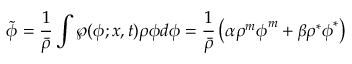
\widetilde { \boldsymbol { \phi } } = \frac { 1 } { \bar { \rho } } \int \wp ( \boldsymbol { \phi } ; \boldsymbol { x } , t ) \rho \boldsymbol { \phi } d \boldsymbol { \phi } = \frac { 1 } { \bar { \rho } } \left( \alpha \rho ^ { m } \boldsymbol { \phi } ^ { m } + \beta \rho ^ { * } \boldsymbol { \phi } ^ { * } \right)